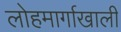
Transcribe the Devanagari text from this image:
लोहमार्गाखाली